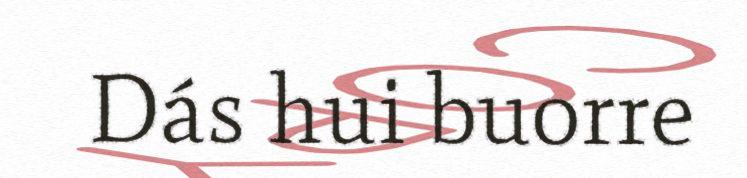
Dás hui buorre